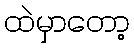
ထဲမှာတော့